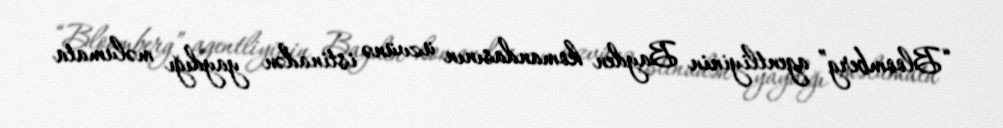
“Bloomberg” agentliyinin Bayden komandasının üzvünə istinadən yaydığı məlumata